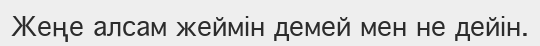
Жеңе алсам жеймін демей мен не дейін.